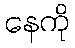
နေကို